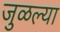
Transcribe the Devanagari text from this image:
जुळल्या